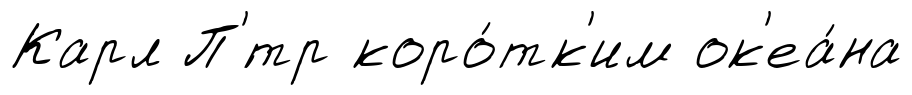
Карл П'́тр коро́тк'им ок'еа́на